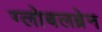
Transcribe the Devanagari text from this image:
ग्लोबलब्रेन